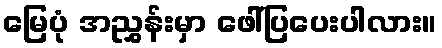
မြေပုံ အညွှန်းမှာ ဖေါ်ပြပေးပါလား။